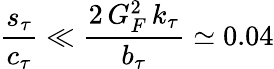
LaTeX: {\frac{s_{\tau}}{c_{\tau}}}\ll{\frac{2\, G_{F}^{2}\, k_{\tau}}{b_{\tau}}}\simeq 0.04